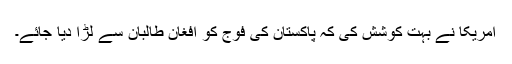
امریکا نے بہت کوشش کی کہ پاکستان کی فوج کو افغان طالبان سے لڑا دیا جائے۔